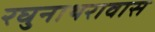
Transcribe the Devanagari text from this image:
रघुनाथरावास